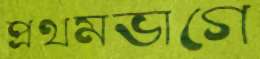
প্রথমভাগে